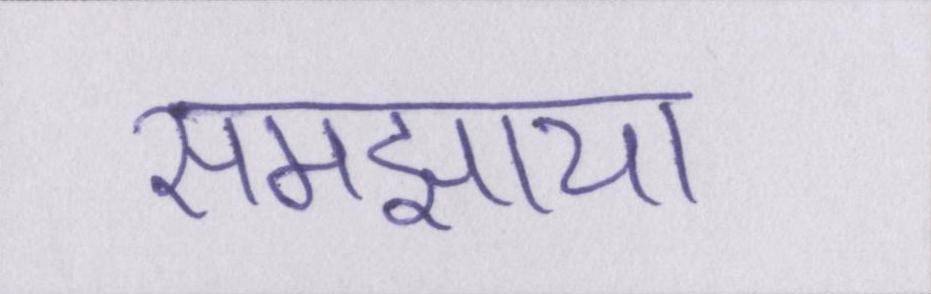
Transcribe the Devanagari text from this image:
समझाया